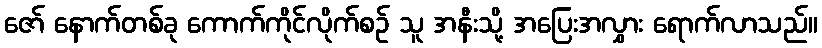
ဇော် နောက်တစ်ခု ကောက်ကိုင်လိုက်စဉ် သူ အနီးသို့ အပြေးအလွှား ရောက်လာသည်။